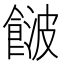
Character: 𩜤